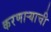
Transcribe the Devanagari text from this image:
करणार्‍याची